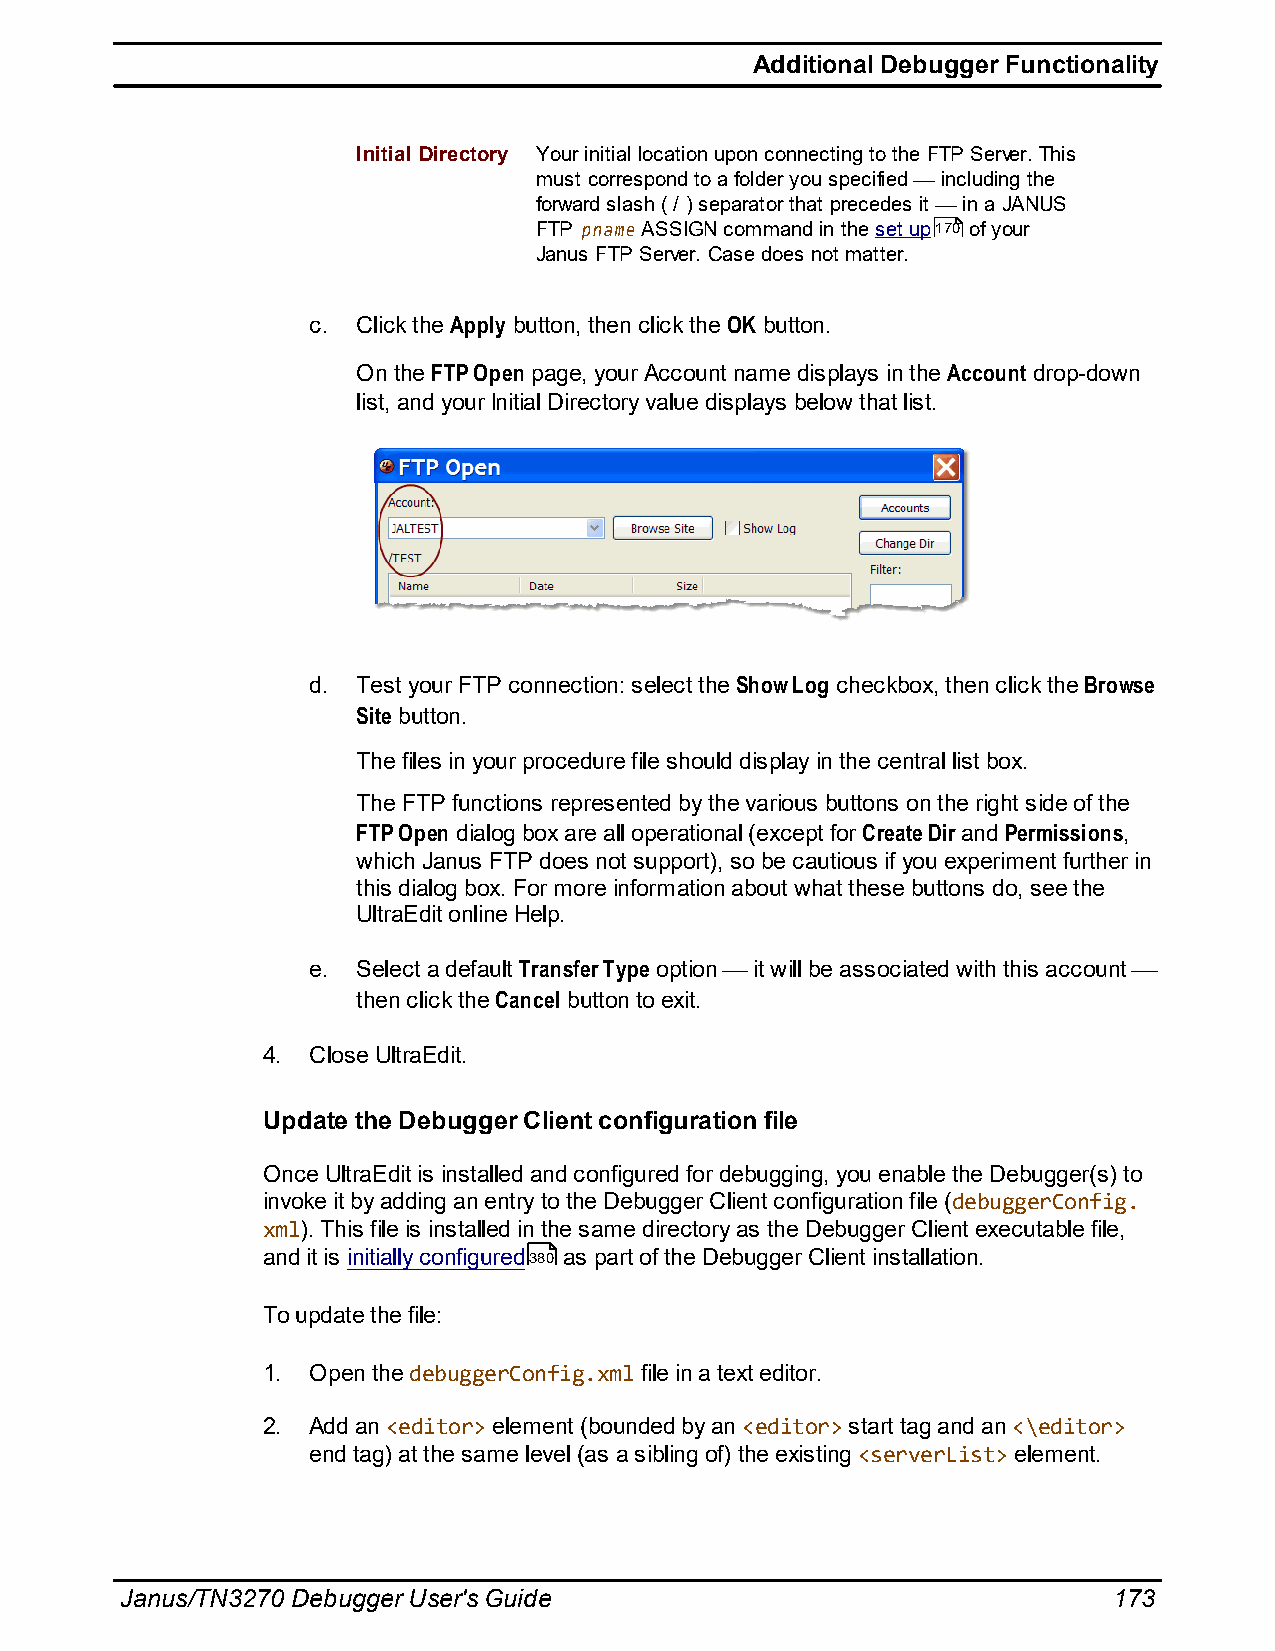
Additional Debugger Functionality
 Initial Directory Your initial location upon connecting to the FTP Server. This
 must correspond to a folder you specified including the
 forward slash ( / ) separator that precedes it in a JANUS
 FTP pname ASSIGN command in the set up170 of your
 Janus FTP Server. Case does not matter.
 c.  Click the Apply button, then click the OK button.
 On the FTP Open page, your Account name displays in the Account drop-down
 list, and your Initial Directory value displays below that list.
 d.  Test your FTP connection: select the Show Log checkbox, then click the Browse
 Site button.
 The files in your procedure file should display in the central list box.
 The FTP functions represented by the various buttons on the right side of the
 FTP Open dialog box are all operational (except for Create Dir and Permissions,
 which Janus FTP does not support), so be cautious if you experiment further in
 this dialog box. For more information about what these buttons do, see the
 UltraEdit online Help.
 e.  Select a default Transfer Type option it will be associated with this account
 then click the Cancel button to exit.
 4. Close UltraEdit.
 Update the Debugger Client configuration file
 Once UltraEdit is installed and configured for debugging, you enable the Debugger(s) to
 invoke it by adding an entry to the Debugger Client configuration file (debuggerConfig.
 xml). This file is installed in the same directory as the Debugger Client executable file,
 and it is initially configured380 as part of the Debugger Client installation.
 To update the file:
 1. Open the debuggerConfig.xml file in a text editor.
 2. Add an <editor> element (bounded by an <editor> start tag and an <\editor>
 end tag) at the same level (as a sibling of) the existing <serverList> element.
 Janus/TN3270 Debugger User's Guide                                173